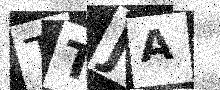
Text: TTJA